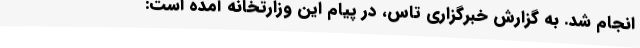
انجام شد. به گزارش خبرگزاری تاس، در پیام این وزارتخانه آمده است: